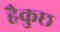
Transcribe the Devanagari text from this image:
हैकुछ